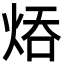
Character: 㶺